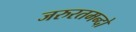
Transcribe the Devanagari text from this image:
जरुरतमन्दो